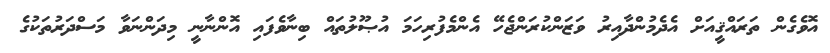
އޮވެގެން ތަރައްޤީއަށް އެދެމުންދާއިރު ވަޒަންކުރަންޖެހޭ އެންމެފުރިހަމަ އުޞޫލުތައް ބިނާވެފައި އޮންނާނީ މިދަންނަވާ މަސްދަރުތަކުގެ